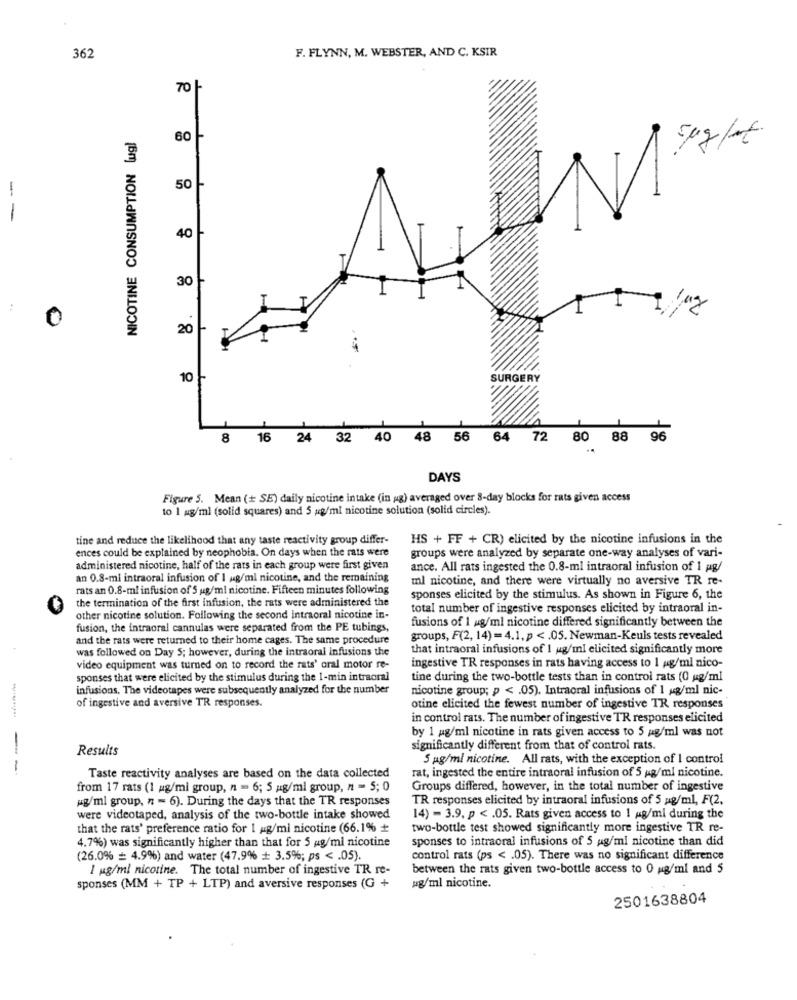
362
F. FLYNN, M. WEBSTER, AND C. KSIR
70 -
NICOTINE CONSUMPTION lug]
60
5/7/04
50 --
-
-
8 . 8
40
30
20
10 }
SURGERY
8
16
24 32 40 48 56
64 72 80 88 96
DAYS
Figure 5. Mean (+ SE) daily nicotine intake (in ag) averaged over 8-day blocks for rats given access
to 1 mg/ml (solid squares) and 5 g/ml nicotine solution (solid circles).
tine and reduce the likelihood that any taste reactivity group differ-
HS + FF + CR) elicited by the nicotine infusions in the
ences could be explained by neophobia. On days when the rats were
groups were analyzed by separate one-way analyses of vari-
administered nicotine, half of the rats in each group were first given
ance. All rats ingested the 0.8-ml intraoral infusion of 1 pg/
an 0.8-mi intraoral infusion of I ug/ml nicotine, and the remaining
ml nicotine, and there were virtually no aversive TR re-
rats an 0.8-ml infusion of 5 ug/ml nicotine. Fifteen minutes following
the termination of the first infusion, the rats were administered the
sponses elicited by the stimulus. As shown in Figure 6, the
total number of ingestive responses elicited by intraoral in-
other nicotine solution. Following the second Intraoral nicotine in-
fusions of 1 ug/ml nicotine differed significantly between the
fusion, the intraoral cannulas were separated from the PE tubings,
and the rats were returned to their home cages. The same procedure
groups, F(2, 14) =4.1, p <. 05. Newman-Keuls tests revealed
was followed on Day 5; however, during the intraoral infusions the
that intraoral infusions of I ug/ml elicited significantly more
video equipment was turned on to record the rats' oral motor re-
ingestive TR responses in rats having access to 1 4g/ml nico-
sponses that were elicited by the stimulus during the I-min intraoral
tine during the two-bottle tests than in control rats (0 ug/ml
infusions, The videotapes were subsequently analyzed for the number
nicotine group; p < . 05). Intraoral infusions of 1 xg/ml nic-
of ingestive and aversive TR responses.
otine elicited the fewest number of ingestive TR responses
in control rats. The number of ingestive TR responses elicited
by 1 mg/ml nicotine in rats given access to 5 ag/ml was not
Results
significantly different from that of control rats.
--
5 pg/ml nicotine. All rats, with the exception of I control
Taste reactivity analyses are based on the data collected
rat, ingested the entire intraoral infusion of 5 g/ml nicotine.
from 17 rats (1 ag/mi group, n = 6; 5 g/ml group, n = 5; 0
Groups differed, however, in the total number of ingestive
wg/ml group, n = 6). During the days that the TR responses
TR responses elicited by intraoral infusions of 5 mg/ml, F(2.
were videotaped, analysis of the two-bottle intake showed
14) - 3.9. p < . 05. Rats given access to 1 ug/ml during the
that the rats' preference ratio for I ug/mi nicotine (66.1%
two-bottle test showed significantly more ingestive TR re-
4.7%) was significantly higher than that for 5 mg/ml nicotine
sponses to intraoral infusions of 5 g/ml nicotine than did
(26.0% = 4.9%) and water (47.9% + 3.5%; ps < . 05).
control rats (ps < . 05). There was no significant difference
I ug/ml nicotine. The total number of ingestive TR re-
between the rats given two-bottle access to 0 ng/ml and 5
sponses (MM + TP + LTP) and aversive responses (G +
ug/ml nicotine.
2501638804